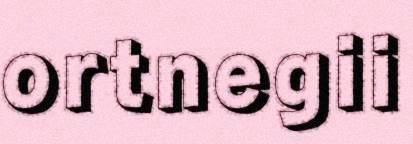
ortnegii